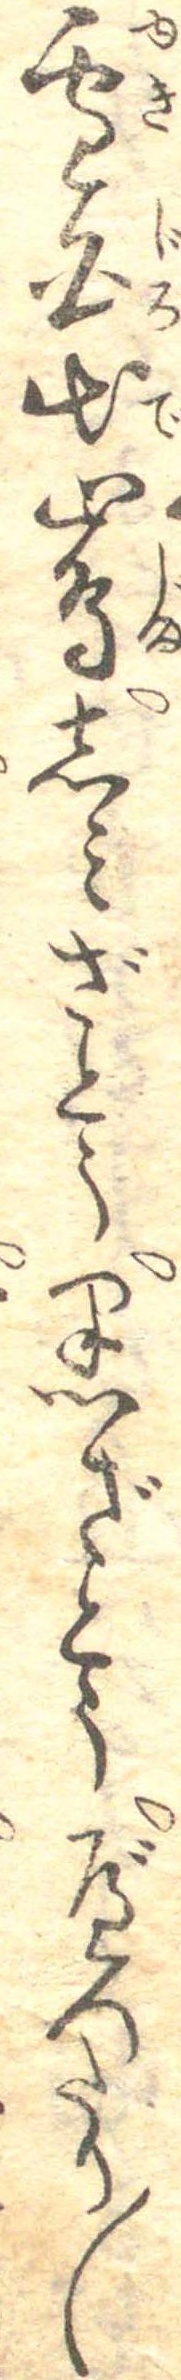
雪白出島しみざとう黒ざとうべつたり〱